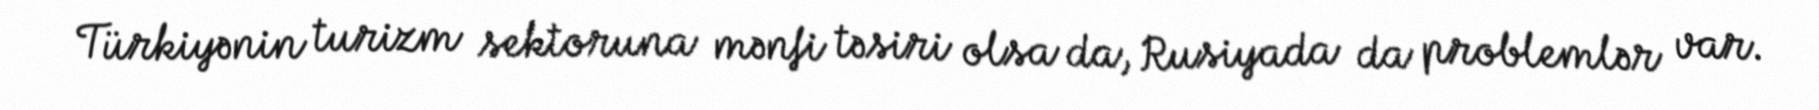
Türkiyənin turizm sektoruna mənfi təsiri olsa da, Rusiyada da problemlər var.